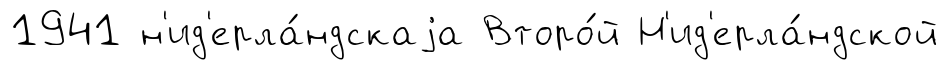
1941 н'ид'ерла́ндскаjа Второ́й Н'ид'ерла́ндской